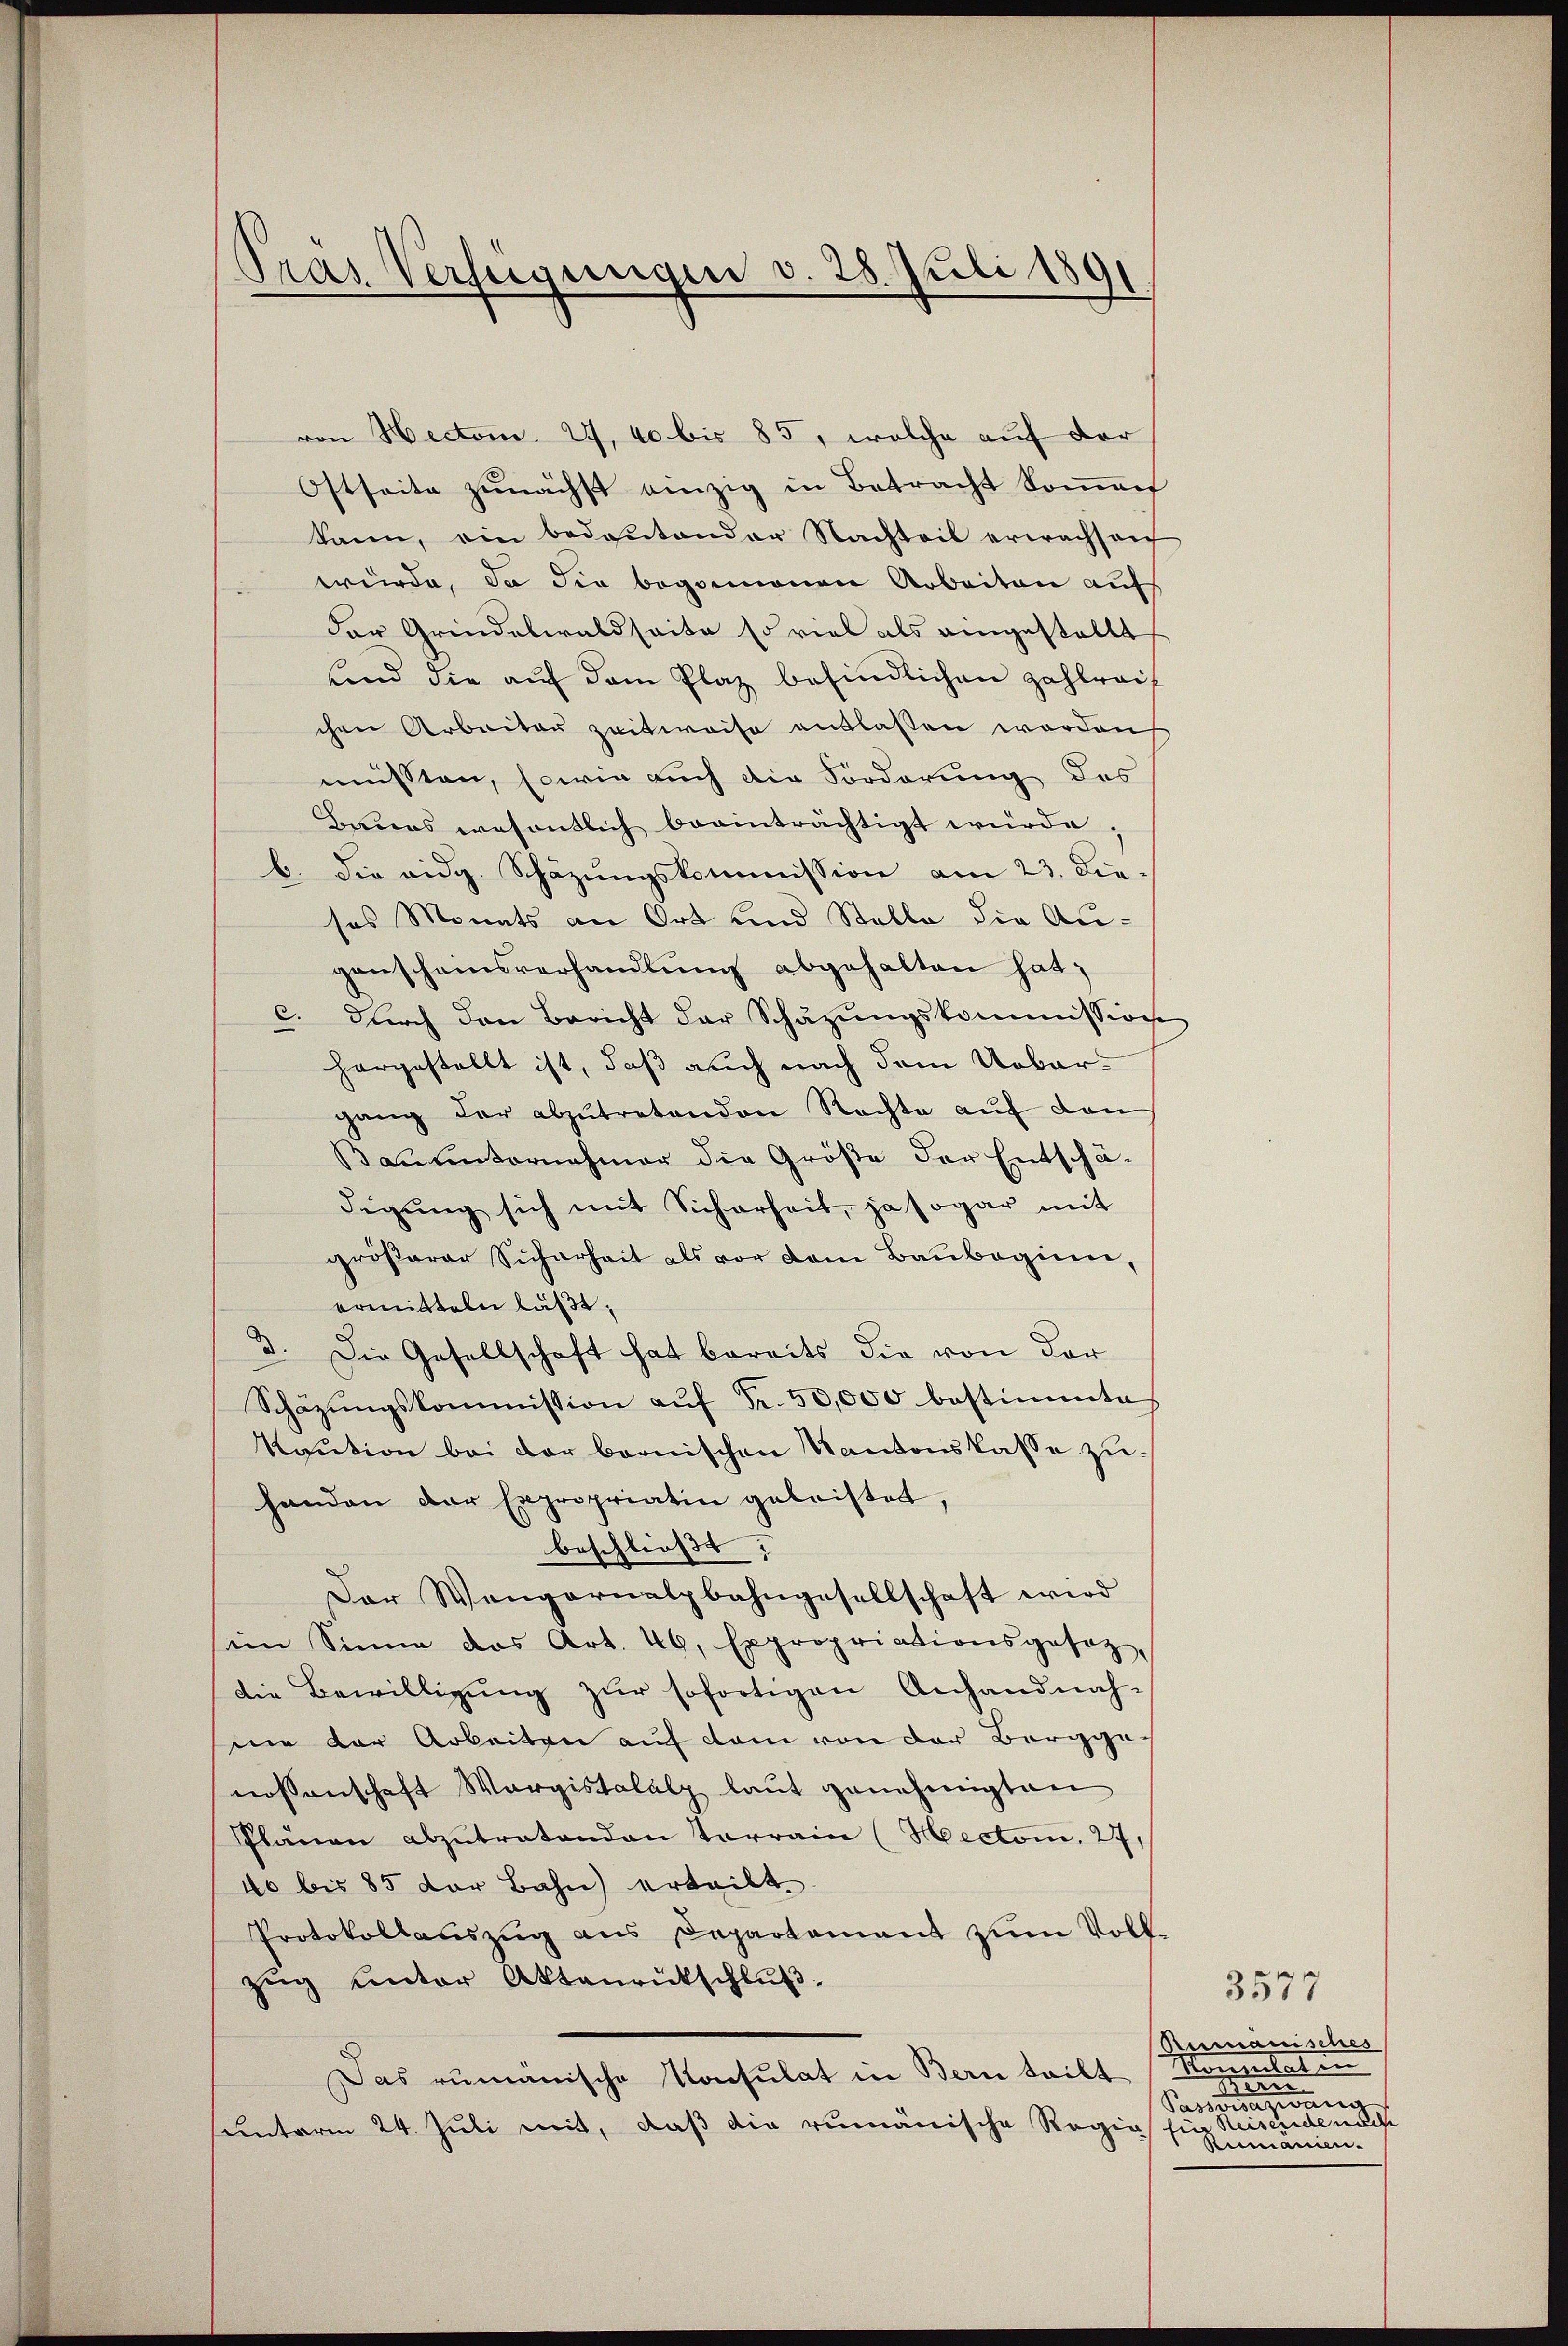
Pras Verfeigungen v. 28. Juli 1891

von Hector. 29, 40 bis 85, welche auf der
Ostseite zunächst einzig in Betracht kommen
kann, ein bedeutender Nachteil erwachsanf
würde, da die begonnenen Arbeiten auf
der Grindelwaldseite so viel als eingestellt
fend die aŭf dem Plaz befindlichen Zahlreif
chen Arbeiter zeitweise entlassen worden
müssten, sowie auch die Forderung des
Beurs wesentlich beeinträchtigt würde,
b. die eidg. Schäzŭngskommission am 23. Die-
ses Monats an Ort und Stelle die Augenscheinsverhandlung abgehalten hat;
c. durch den Bericht der Schäzŭngskommission
horgestellt ist, daß auch nach dem Urbargang der abzŭtretenden Rechte aŭf den
Bauunternehmer die Größe der Entschä-
digŭng sich mit Sicherheit, ja sogar mit
größerer Sicherheit als vor dem Baubeginn,
ermitteln läßt,
3. Die Gesellschaft hat bereits die von der
Schäzŭngskommission aŭf Fr. 50,000 bestimmte
Kaution bei der bernischen Kantonskasse zuhanden der Expropriatin geleistet,
beschließt:
Der Wengarnalpbahngesellschaft wird
sein Sinne das Art. 46, Expropriationsgesezdie Bewilligung zur sofortigen Anhandnah-
nie der Arbeiten auf dem von der Bergge-
nossenschaft Warpistalalp laut genehmigten
Plänen abzŭtratenden Terrain (Mector. 27
40 bis 85 der Bahn erteilt.
Protokollauszug aus Departement zum Vollzŭg unter Aktenrückschlŭβ
Das rumänische Konsulat in Bern teilt (Nomulaten
unterm 24. Juli mit, daß die rumänische Regia für Reisende nach

3577
Rumanisches
und
Passersazwung
Rumänien.